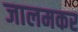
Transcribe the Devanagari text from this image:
जालमकर